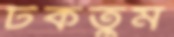
টকতুম